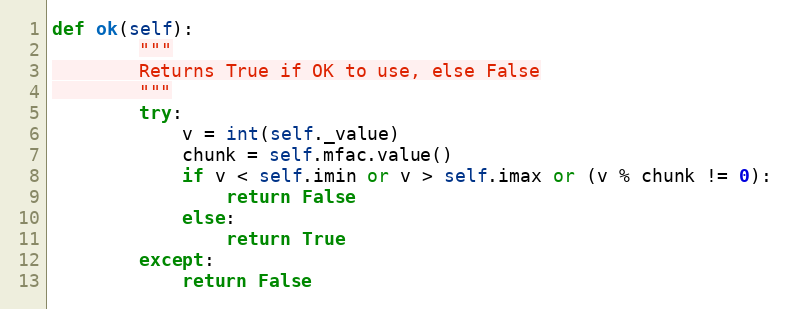
Language: Python
def ok(self):
        """
        Returns True if OK to use, else False
        """
        try:
            v = int(self._value)
            chunk = self.mfac.value()
            if v < self.imin or v > self.imax or (v % chunk != 0):
                return False
            else:
                return True
        except:
            return False